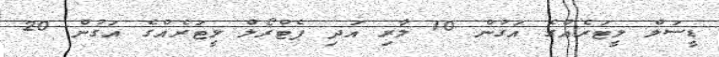
ޑީސަލް ލީޓަރެއްގެ އަގުން 10 ލާރި އަދި ޕެޓްރޯލް ލީޓަރެއްގެ އަގުން 20